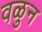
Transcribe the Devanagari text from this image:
वळुन